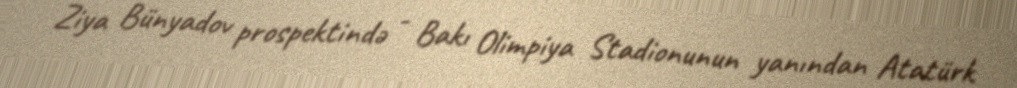
Ziya Bünyadov prospektində - Bakı Olimpiya Stadionunun yanından Atatürk